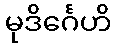
မုဒိင်္ဂေဟိ